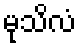
မုသိလံ